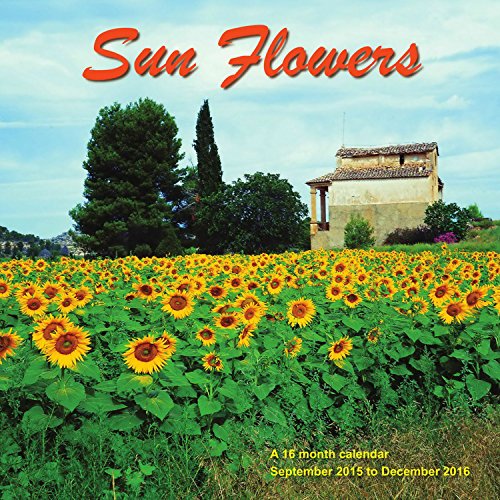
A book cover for Sunflowers Calendar - 2016 Wall calendars - Garden Calendars - Flower Calendar - Monthly Wall Calendar by Magnum; MegaCalendars; Calendars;